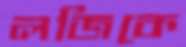
লজিকে